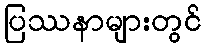
ပြဿနာများတွင်